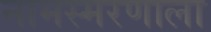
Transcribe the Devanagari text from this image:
नामस्मरणाला